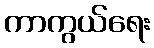
ကာကွယ်ရေး